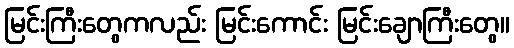
မြင်းကြီးတွေကလည်း မြင်းကောင်း မြင်းချောကြီးတွေ။